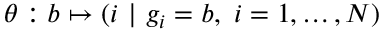
\theta : b \mapsto ( i \ | \ g _ { i } = b , \ i = 1 , \dots , N )